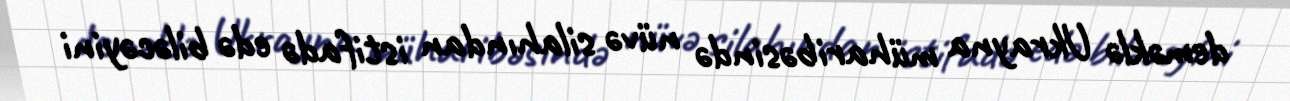
deməklə Ukrayna müharibəsində nüvə silahından istifadə edə biləcəyini